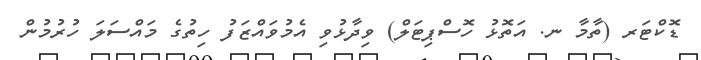
ޑޮކްޓަރ (ތާމާ ނ. އަތޮޅު ހޮސްޕިޓަލް) ވިދާޅުވި އެމުވައްޒަފު ހިތުގެ މައްސަލަ ހުރުމުން